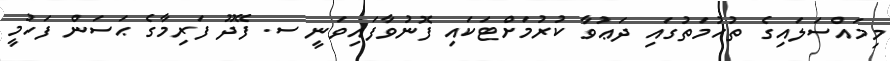
މިމައްސަލައިގެ ތުހުމަތުގައި ދަޢުވާ ކުރުމަށްޓަކައި ފޮނުވާފައިވަނީ ސ. ފޭދޫ ފަރިމާގެ ޙަސަން ފަހުމީ